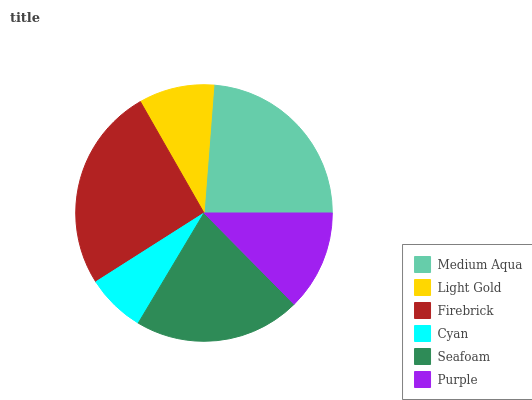
| Medium Aqua | Light Gold | Firebrick | Cyan | Seafoam | Purple |
 | --- | --- | --- | --- | --- | --- |
 | 23.7% | 9.5% | 25.8% | 7.41% | 21% | 12.6% |